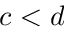
c < d